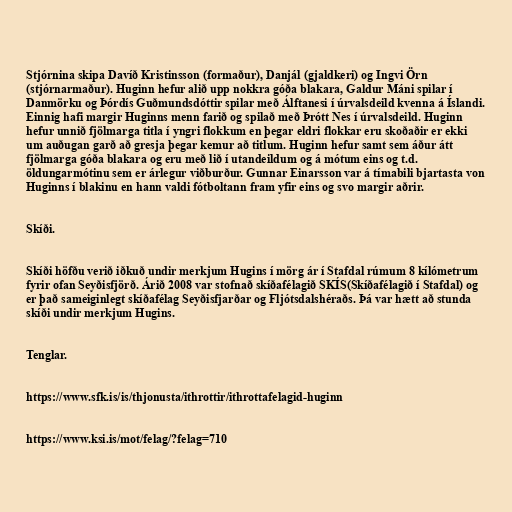
Stjórnina skipa Davíð Kristinsson (formaður), Danjál (gjaldkeri) og Ingvi Örn
(stjórnarmaður). Huginn hefur alið upp nokkra góða blakara, Galdur Máni spilar í
Danmörku og Þórdís Guðmundsdóttir spilar með Álftanesi í úrvalsdeild kvenna á Íslandi.
Einnig hafi margir Huginns menn farið og spilað með Þrótt Nes í úrvalsdeild. Huginn
hefur unnið fjölmarga titla í yngri flokkum en þegar eldri flokkar eru skoðaðir er ekki
um auðugan garð að gresja þegar kemur að titlum. Huginn hefur samt sem áður átt
fjölmarga góða blakara og eru með lið í utandeildum og á mótum eins og t.d.
öldungarmótinu sem er árlegur viðburður. Gunnar Einarsson var á tímabili bjartasta von
Huginns í blakinu en hann valdi fótboltann fram yfir eins og svo margir aðrir.

Skíði.

Skíði höfðu verið iðkuð undir merkjum Hugins í mörg ár í Stafdal rúmum 8 kílómetrum
fyrir ofan Seyðisfjörð. Árið 2008 var stofnað skíðafélagið SKÍS(Skíðafélagið í Stafdal) og
er það sameiginlegt skíðafélag Seyðisfjarðar og Fljótsdalshéraðs. Þá var hætt að stunda
skíði undir merkjum Hugins.

Tenglar.

https://www.sfk.is/is/thjonusta/ithrottir/ithrottafelagid-huginn

https://www.ksi.is/mot/felag/?felag=710